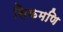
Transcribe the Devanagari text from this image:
सिकमणि